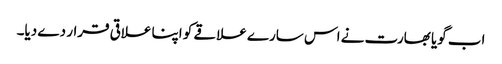
اب گویا بھارت نے اس سارے علاقے کو اپنا علاقی قرار دے دیا۔